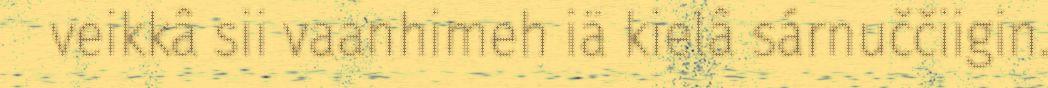
veikkâ sii vaanhimeh iä kielâ sárnuččiigin.